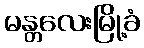
မန္တလေးမြို့ခံ